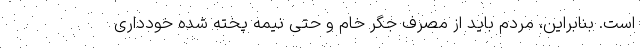
است. بنابراین، مردم باید از مصرف جگر خام و حتی نیمه پخته شده خودداری